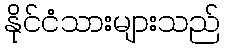
နိုင်ငံသားများသည်